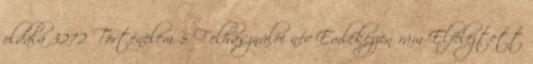
oldala 3272 Történelem 5 Felhasználói név Emlékezzen rám Elfelejtett